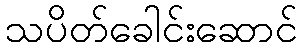
သပိတ်ခေါင်းဆောင်